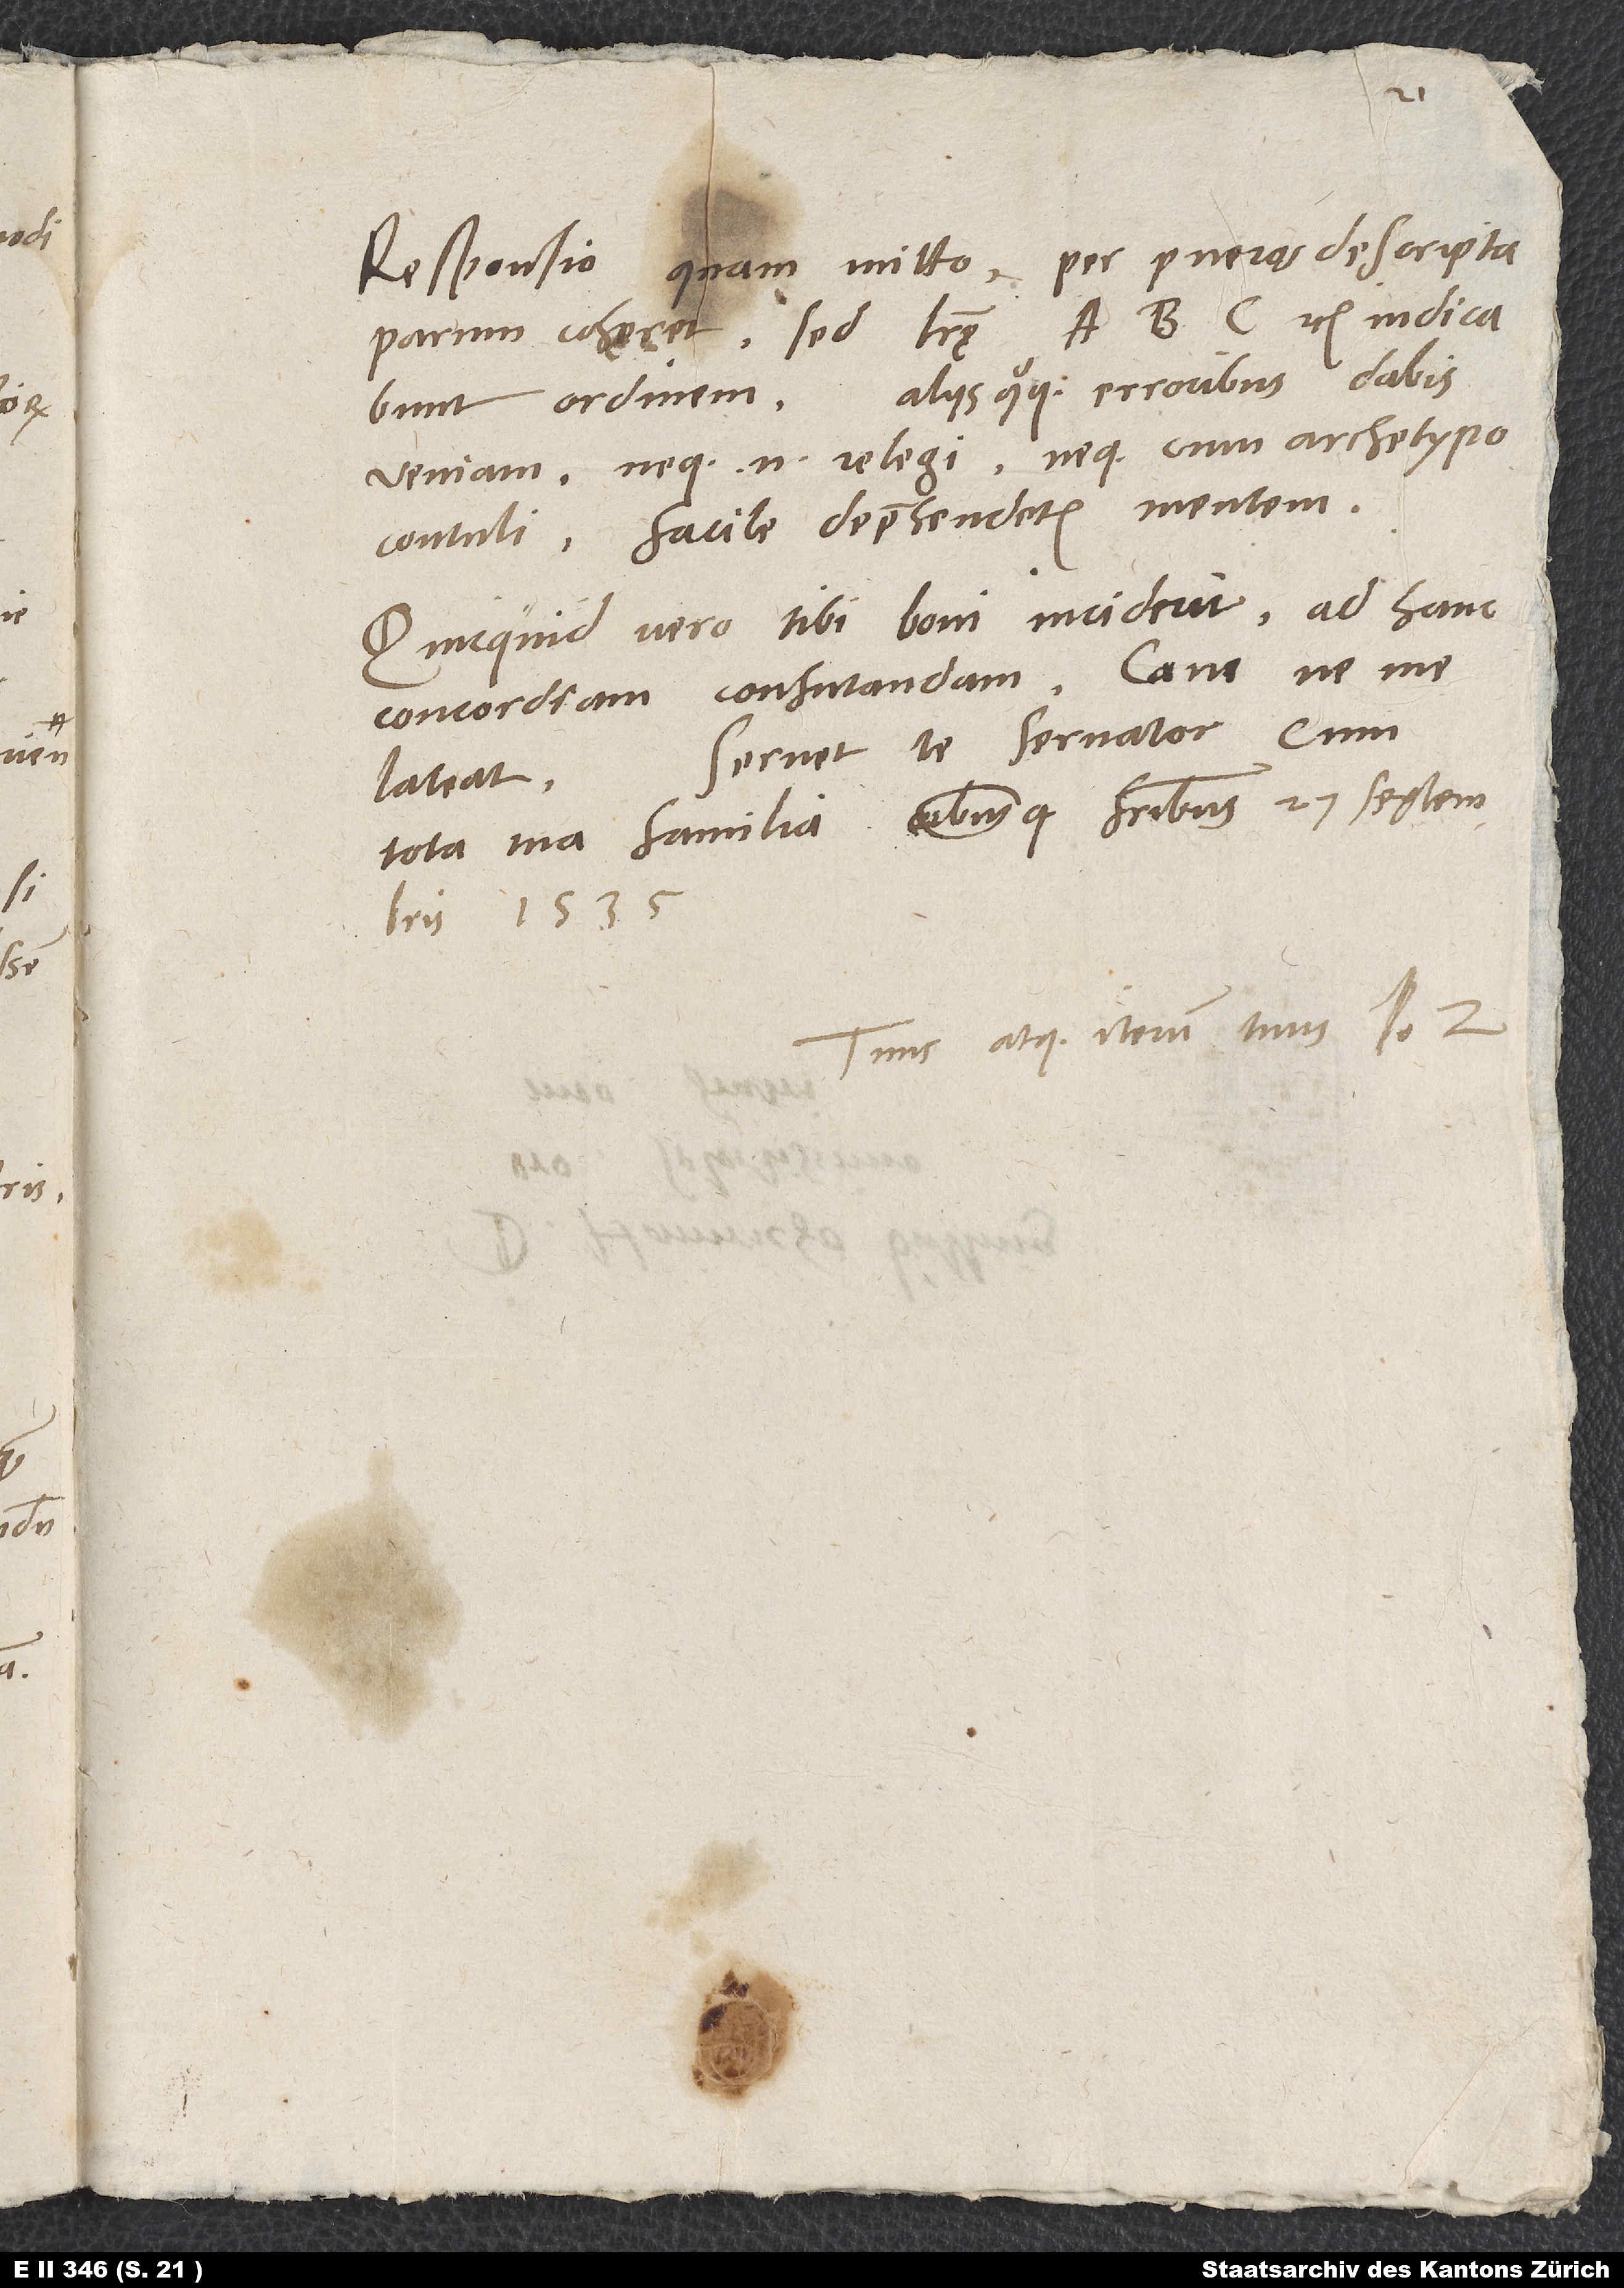
Responsio, quam mitto, per pueros descripta
parum cohaeret, sed litterae A B C etc. indicabunt
ordinem. Aliis quoque erroribus dabis
veniam, neque enim relegi neque cum archetypo
contuli. Facile deprehendetis mentem.
Quicquid vero tibi boni incident ad hanc
concordiam confutandam, cave, ne me
Servet te servator cum
lateat.
Tuus atque iterum tuus Io.